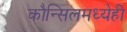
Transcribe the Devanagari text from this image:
कौन्सिलमध्येही